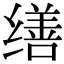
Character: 缮